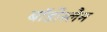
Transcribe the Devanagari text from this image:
बॉडीस्लैम